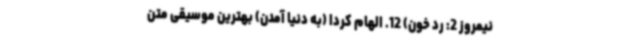
نیمروز 2: رد خون) 12. الهام کردا (به دنیا آمدن) بهترین موسیقی متن